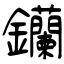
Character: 钄